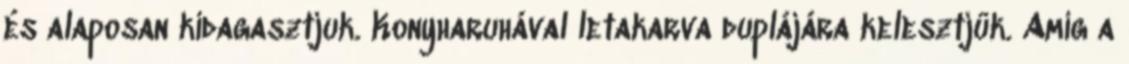
és alaposan kidagasztjuk. Konyharuhával letakarva duplájára kelesztjük. Amíg a